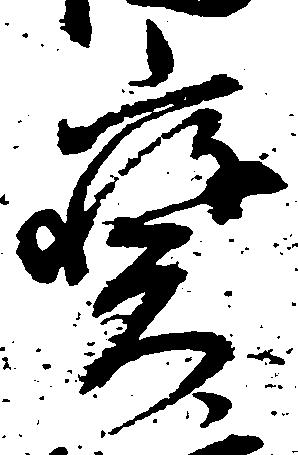
宝